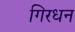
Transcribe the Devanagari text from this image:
गिरधन